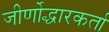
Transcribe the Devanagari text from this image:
जीर्णोद्धारकर्ता